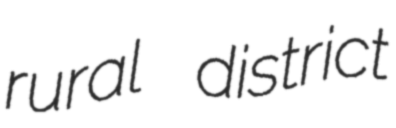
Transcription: rural district